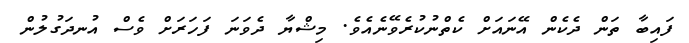
ފައިބާ ތަން ދެކެން އޭނައަށް ކެތްނުކުރެވޭނެއެވެ. މިޝްޔާ ދެވަނަ ފަހަރަށް ވެސް އުނދަގުލުން